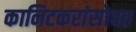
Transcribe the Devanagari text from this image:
कानिटकरांसोबत